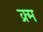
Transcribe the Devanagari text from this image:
क्र्म